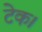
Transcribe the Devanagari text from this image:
टेक।